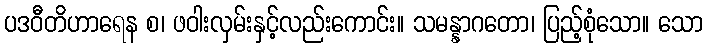
ပဒဝီတိဟာရေန စ၊ ဖဝါးလှမ်းနှင့်လည်းကောင်း။ သမန္နာဂတော၊ ပြည့်စုံသော။ သော